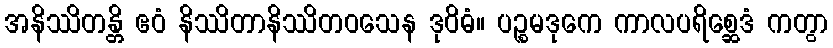
အနိဿိတန္တိ ဧဝံ နိဿိတာနိဿိတဝသေန ဒုဝိဓံ။ ပဉ္စမဒုကေ ကာလပရိစ္ဆေဒံ ကတွာ